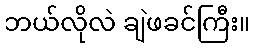
ဘယ်လိုလဲ ချဲဖခင်ကြီး။